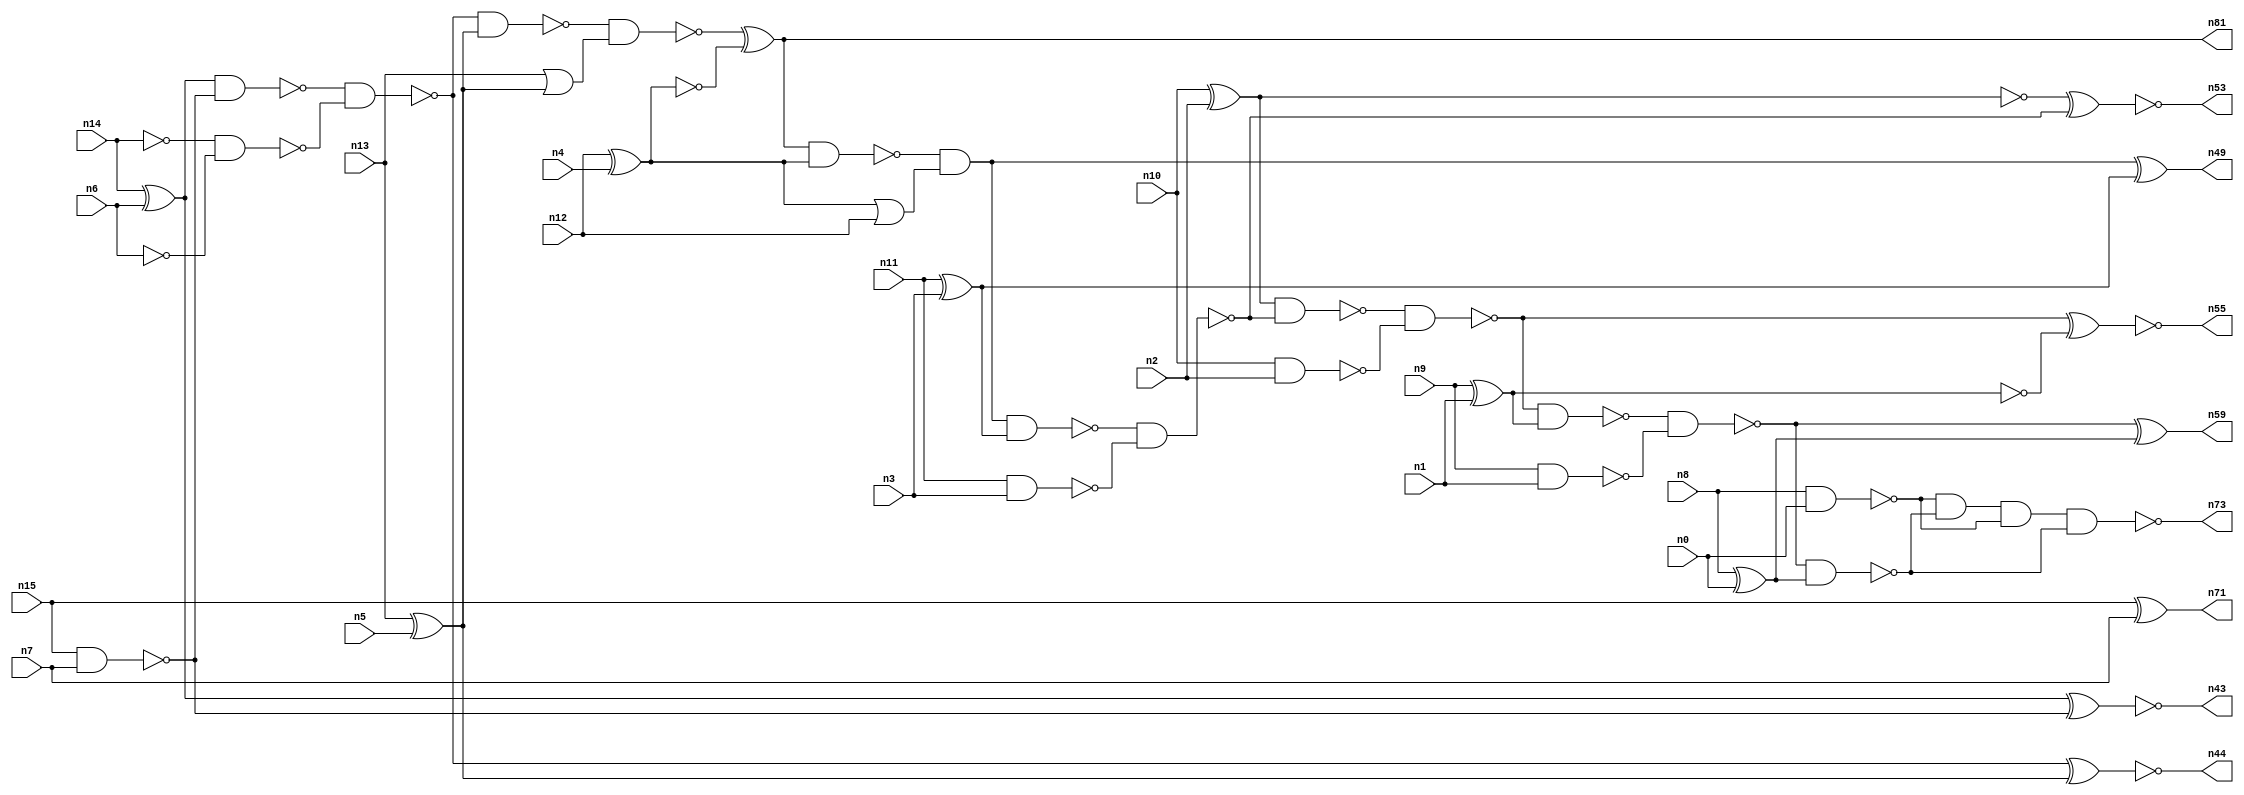
// This program was cloned from: https://github.com/umar-afzaal/ReCkt
// License: MIT License

// This file contains a pareto-optimal circuit with respect to power and the fault-resilince parameter p_fault which is defined as:
// "For all input vectors, the ratio of the no. of faults observable at the POs to the no. of total possible faults in the circuit".
// This code is part of the ReCkt library (https://github.com/umar-afzaal/ReCkt) distributed under The MIT License.
// When used, please cite the following article(s):
// U. Afzaal, A.S. Hassan, M. Usman and J.A. Lee, "On the Evolutionary Synthesis of Increased Fault-resilience Arithmetic Circuits".

// p_fault = 86.6 %    (Lower is better)
// gates = 52.0
// levels = 19
// area = 67.6    (For MCNC library relative to nand2)
// power = 285.5 uW    (Berkely-SIS for MCNC library @ Vdd=5V and 20 MHz clock)
// delay = 22.6 ns    (Berkely-ABC for MCNC library)
// PDP = 6.4523e-12 J

// Pin mapping:
// {n0, n1, n2, n3, n4, n5, n6, n7} = A[7:0]
// {n8, n9, n10, n11, n12, n13, n14, n15} = B[7:0]
// {n73, n59, n55, n53, n49, n81, n44, n43, n71} = O[8:0]

module addr8u_power_11 (
n0, n1, n2, n3, n4, n5, n6, n7, n8, n9, n10, n11, n12, n13, n14, n15, 
n73, n59, n55, n53, n49, n81, n44, n43, n71
);

input n0, n1, n2, n3, n4, n5, n6, n7, n8, n9, n10, n11, n12, n13, n14, n15;
output n73, n59, n55, n53, n49, n81, n44, n43, n71;
wire n30, n24, n52, n61, n46, n18, n60, n17, n65, n42, n51, n45, n36, n47, n20, n37, n56, n23, n16, n40, 
n48, n21, n25, n41, n54, n27, n33, n28, n58, n22, n38, n39, n57, n31, n70, n19, n34, n32, n26, n50, 
n29, n64, n35;

xor (n16, n14, n6);
nand (n17, n10, n2);
nand (n18, n15, n7);
xor (n19, n13, n5);
nand (n20, n9, n1);
xor (n21, n8, n0);
nand (n22, n14, n14);
xor (n23, n11, n3);
xnor (n24, n15, n7);
xor (n25, n10, n2);
or (n26, n13, n19);
xor (n27, n12, n4);
nand (n28, n8, n0);
nand (n29, n11, n3);
nand (n30, n6, n6);
xnor (n31, n9, n1);
or (n32, n27, n12);
nand (n33, n27, n27);
nand (n34, n16, n18);
and (n35, n19, n19);
nand (n36, n22, n30);
nand (n37, n25, n25);
nand (n38, n31, n31);
nand (n39, n38, n38);
and (n40, n16, n16);
nand (n41, n34, n36);
nand (n42, n41, n19);
xnor (n43, n40, n18);
xnor (n44, n41, n35);
nand (n45, n42, n26);
xor (n46, n45, n33);
nand (n47, n46, n27);
and (n48, n47, n32);
xor (n49, n48, n23);
nand (n50, n48, n23);
nand (n51, n50, n29);
nand (n52, n25, n51);
xnor (n53, n37, n51);
nand (n54, n52, n17);
xnor (n55, n54, n39);
nand (n56, n54, n38);
nand (n57, n56, n20);
nand (n58, n57, n21);
xor (n59, n57, n21);
and (n60, n28, n58);
and (n61, n46, n46);
nand (n64, n60, n28);
nand (n65, n21, n57);
nand (n70, n64, n64);
nand (n71, n24, n24);
nand (n73, n70, n65);
and (n81, n46, n61);

endmodule